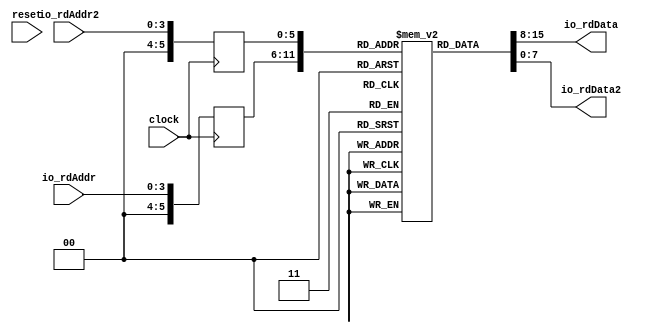
module SimpleSMemMRROM( // @[:@3.2]
  input        clock, // @[:@4.4]
  input        reset, // @[:@5.4]
  input  [3:0] io_rdAddr, // @[:@6.4]
  output [7:0] io_rdData, // @[:@6.4]
  input  [3:0] io_rdAddr2, // @[:@6.4]
  output [7:0] io_rdData2 // @[:@6.4]
);
`ifdef RANDOMIZE_MEM_INIT
  reg [31:0] _RAND_0;
`endif // RANDOMIZE_MEM_INIT
`ifdef RANDOMIZE_REG_INIT
  reg [31:0] _RAND_1;
  reg [31:0] _RAND_2;
`endif // RANDOMIZE_REG_INIT
  reg [7:0] mem [0:63]; // @[SimpleSMemMRROM.scala 18:24:@8.4]
  wire  mem__T_15_en; // @[SimpleSMemMRROM.scala 18:24:@8.4]
  wire [5:0] mem__T_15_addr; // @[SimpleSMemMRROM.scala 18:24:@8.4]
  wire [7:0] mem__T_15_data; // @[SimpleSMemMRROM.scala 18:24:@8.4]
  wire  mem__T_16_en; // @[SimpleSMemMRROM.scala 18:24:@8.4]
  wire [5:0] mem__T_16_addr; // @[SimpleSMemMRROM.scala 18:24:@8.4]
  wire [7:0] mem__T_16_data; // @[SimpleSMemMRROM.scala 18:24:@8.4]
  reg [5:0] mem__T_15_addr_pipe_0;
  reg [5:0] mem__T_16_addr_pipe_0;
  assign mem__T_15_en = 1'h1;
  assign mem__T_15_addr = mem__T_15_addr_pipe_0;
  assign mem__T_15_data = mem[mem__T_15_addr]; // @[SimpleSMemMRROM.scala 18:24:@8.4]
  assign mem__T_16_en = 1'h1;
  assign mem__T_16_addr = mem__T_16_addr_pipe_0;
  assign mem__T_16_data = mem[mem__T_16_addr]; // @[SimpleSMemMRROM.scala 18:24:@8.4]
  assign io_rdData = mem__T_15_data; // @[SimpleSMemMRROM.scala 46:13:@10.4]
  assign io_rdData2 = mem__T_16_data; // @[SimpleSMemMRROM.scala 47:14:@12.4]
  always @(posedge clock) begin
    mem__T_15_addr_pipe_0 <= {{2'd0}, io_rdAddr};
    mem__T_16_addr_pipe_0 <= {{2'd0}, io_rdAddr2};
  end
// Register and memory initialization
`ifdef RANDOMIZE_GARBAGE_ASSIGN
`define RANDOMIZE
`endif
`ifdef RANDOMIZE_INVALID_ASSIGN
`define RANDOMIZE
`endif
`ifdef RANDOMIZE_REG_INIT
`define RANDOMIZE
`endif
`ifdef RANDOMIZE_MEM_INIT
`define RANDOMIZE
`endif
`ifndef RANDOM
`define RANDOM $random
`endif
`ifdef RANDOMIZE_MEM_INIT
  integer initvar;
`endif
`ifndef SYNTHESIS
`ifdef FIRRTL_BEFORE_INITIAL
`FIRRTL_BEFORE_INITIAL
`endif
initial begin
  `ifdef RANDOMIZE
    `ifdef INIT_RANDOM
      `INIT_RANDOM
    `endif
    `ifndef VERILATOR
      `ifdef RANDOMIZE_DELAY
        #`RANDOMIZE_DELAY begin end
      `else
        #0.002 begin end
      `endif
    `endif
`ifdef RANDOMIZE_MEM_INIT
  _RAND_0 = {1{`RANDOM}};
  for (initvar = 0; initvar < 64; initvar = initvar+1)
    mem[initvar] = _RAND_0[7:0];
`endif // RANDOMIZE_MEM_INIT
`ifdef RANDOMIZE_REG_INIT
  _RAND_1 = {1{`RANDOM}};
  mem__T_15_addr_pipe_0 = _RAND_1[5:0];
  _RAND_2 = {1{`RANDOM}};
  mem__T_16_addr_pipe_0 = _RAND_2[5:0];
`endif // RANDOMIZE_REG_INIT
  `endif // RANDOMIZE
end // initial
`ifdef FIRRTL_AFTER_INITIAL
`FIRRTL_AFTER_INITIAL
`endif
`endif // SYNTHESIS
endmodule